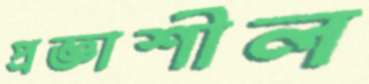
প্রজ্ঞাশীল